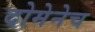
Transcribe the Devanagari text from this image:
दोमेनेच